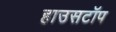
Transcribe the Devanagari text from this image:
हाउसटॉप